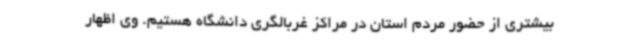
بیشتری از حضور مردم استان در مراکز غربالگری دانشگاه هستیم. وی اظهار